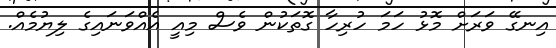
އިނގޭ ވަރަށް މޮޅު ހަމަ ހުރިހާ ގޮތަކުން ވެސް މިއީ އެއްވަނައިގެ ލިޔުމެއް.